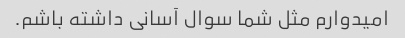
امیدوارم مثل شما سوال آسانی داشته باشم.